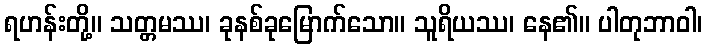
ရဟန်းတို့။ သတ္တမဿ၊ ခုနစ်ခုမြောက်သော။ သူရိယဿ၊ နေ၏။ ပါတုဘာဝါ၊